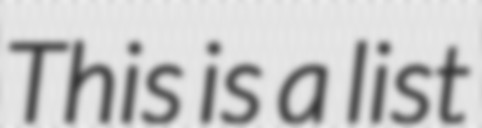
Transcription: This is a list